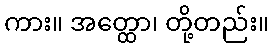
ကား။ အတ္ထော၊ တို့တည်း။